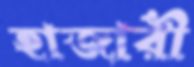
হাজারী